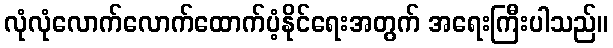
လုံလုံလောက်လောက်ထောက်ပံ့နိုင်ရေးအတွက် အရေးကြီးပါသည်။